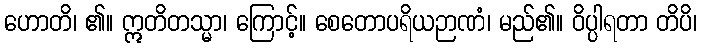
ဟောတိ၊ ၏။ ဣတိတသ္မာ၊ ကြောင့်။ စေတောပရိယဉာဏံ၊ မည်၏။ ဝိပ္ပါရတာ တိပိ၊